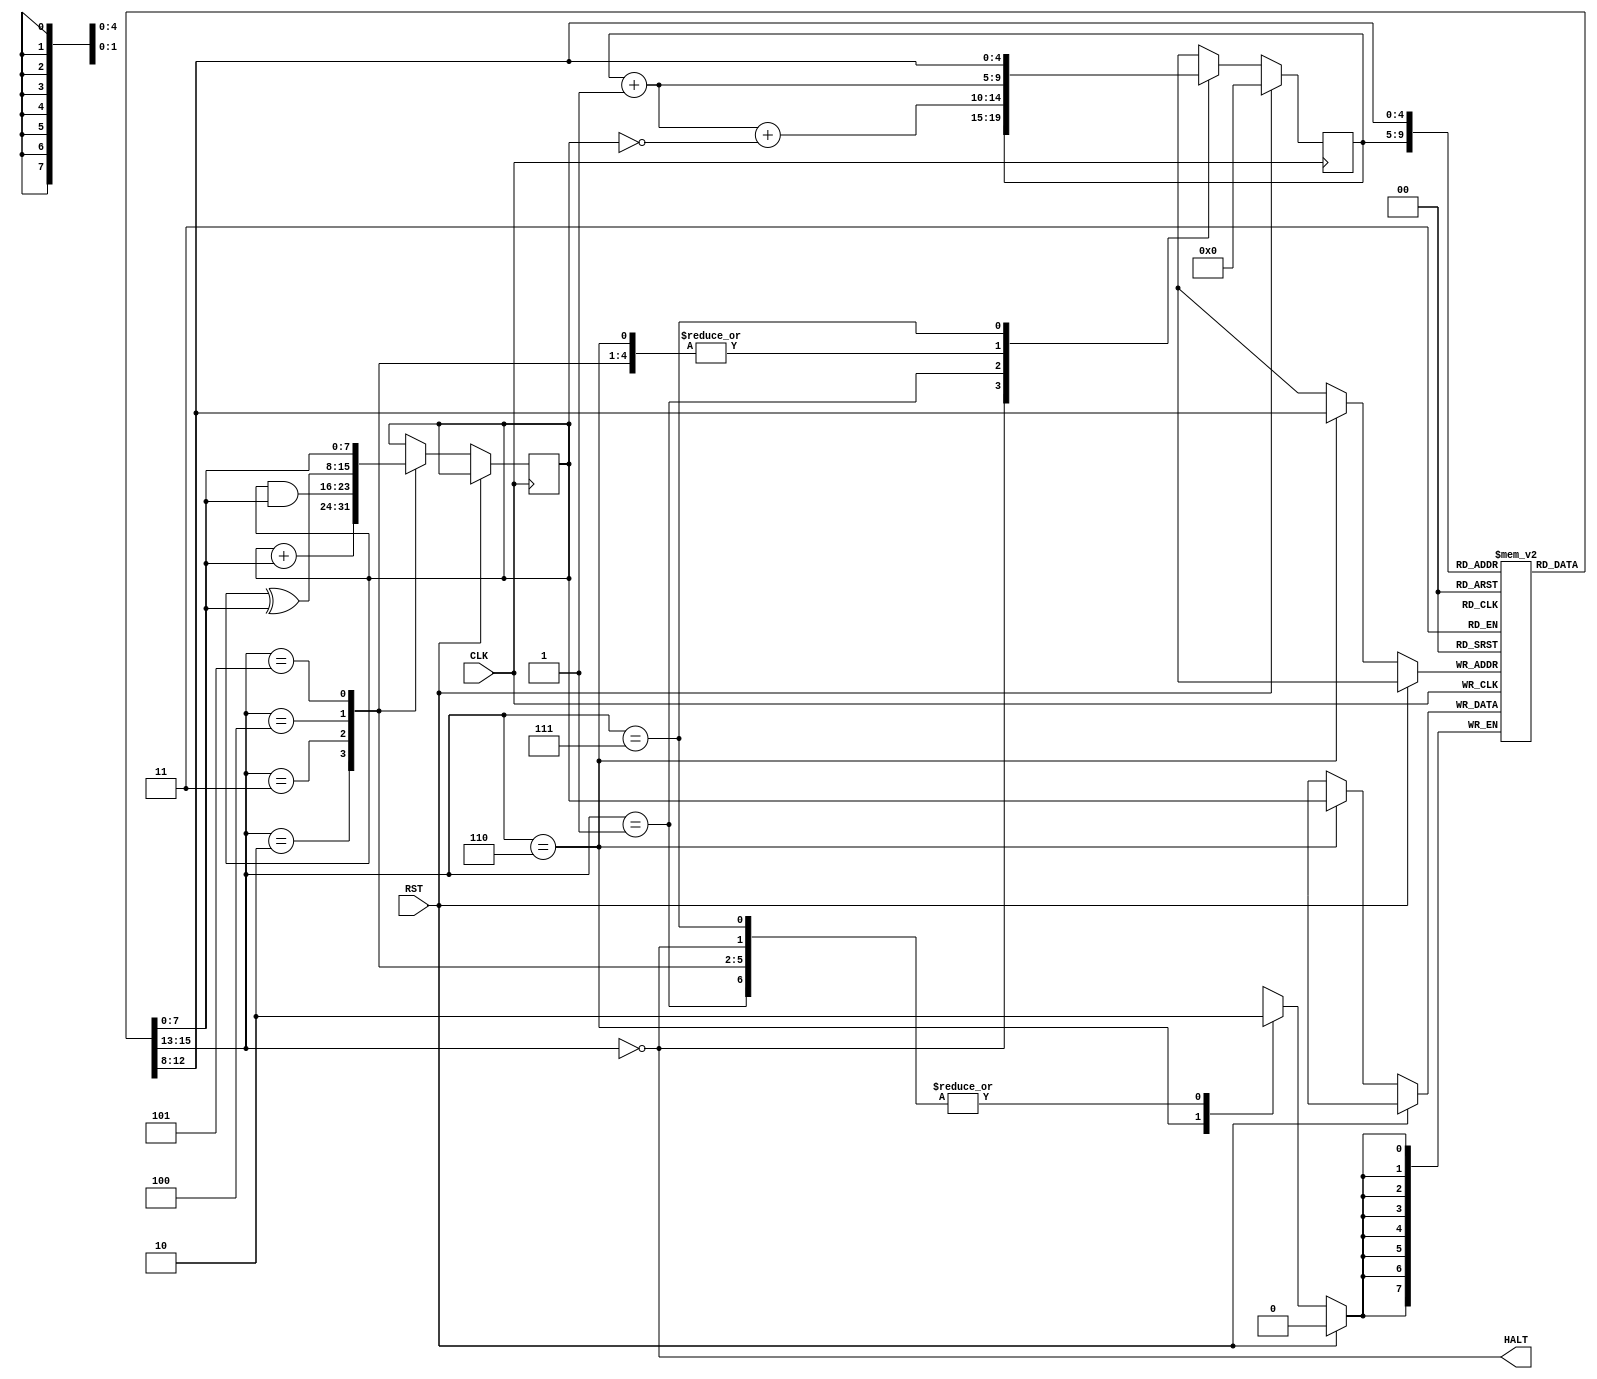
module cpu
(
  input  wire CLK  ,
  input  wire RST  ,
  output wire HALT  
);

  reg [4:0] pc;         // program counter
  reg [7:0] ac;         // accumulator
  reg [7:0] mem [0:31]; // memory

  wire [7:0] instruction = mem[pc];
  wire [7:5] opcode      = instruction[7:5];
  wire [4:0] operand     = instruction[4:0];
  wire [7:0] rvalue      = mem[operand];

  always @(posedge CLK)
    if ( RST )
      pc <= 0 ;
    else
      case ( opcode )
        0: begin                    pc<=pc;         end // HLT
        1: begin                    pc<=pc+1+(!ac); end // SKZ
        2: begin ac <= ac + rvalue; pc<=pc+1;       end // ADD
        3: begin ac <= ac & rvalue; pc<=pc+1;       end // AND
        4: begin ac <= ac ^ rvalue; pc<=pc+1;       end // XOR
        5: begin ac <=      rvalue; pc<=pc+1;       end // LDA
        6: begin mem[operand]<=ac;  pc<=pc+1;       end // STO
        7: begin                    pc<=operand;    end // JMP
      endcase

  assign HALT = opcode == 0;

endmodule